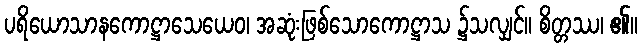
ပရိယောသာနကောဋ္ဌာသေယေဝ၊ အဆုံးဖြစ်သောကောဋ္ဌာသ ၌သလျှင်။ စိတ္တဿ၊ ၏။